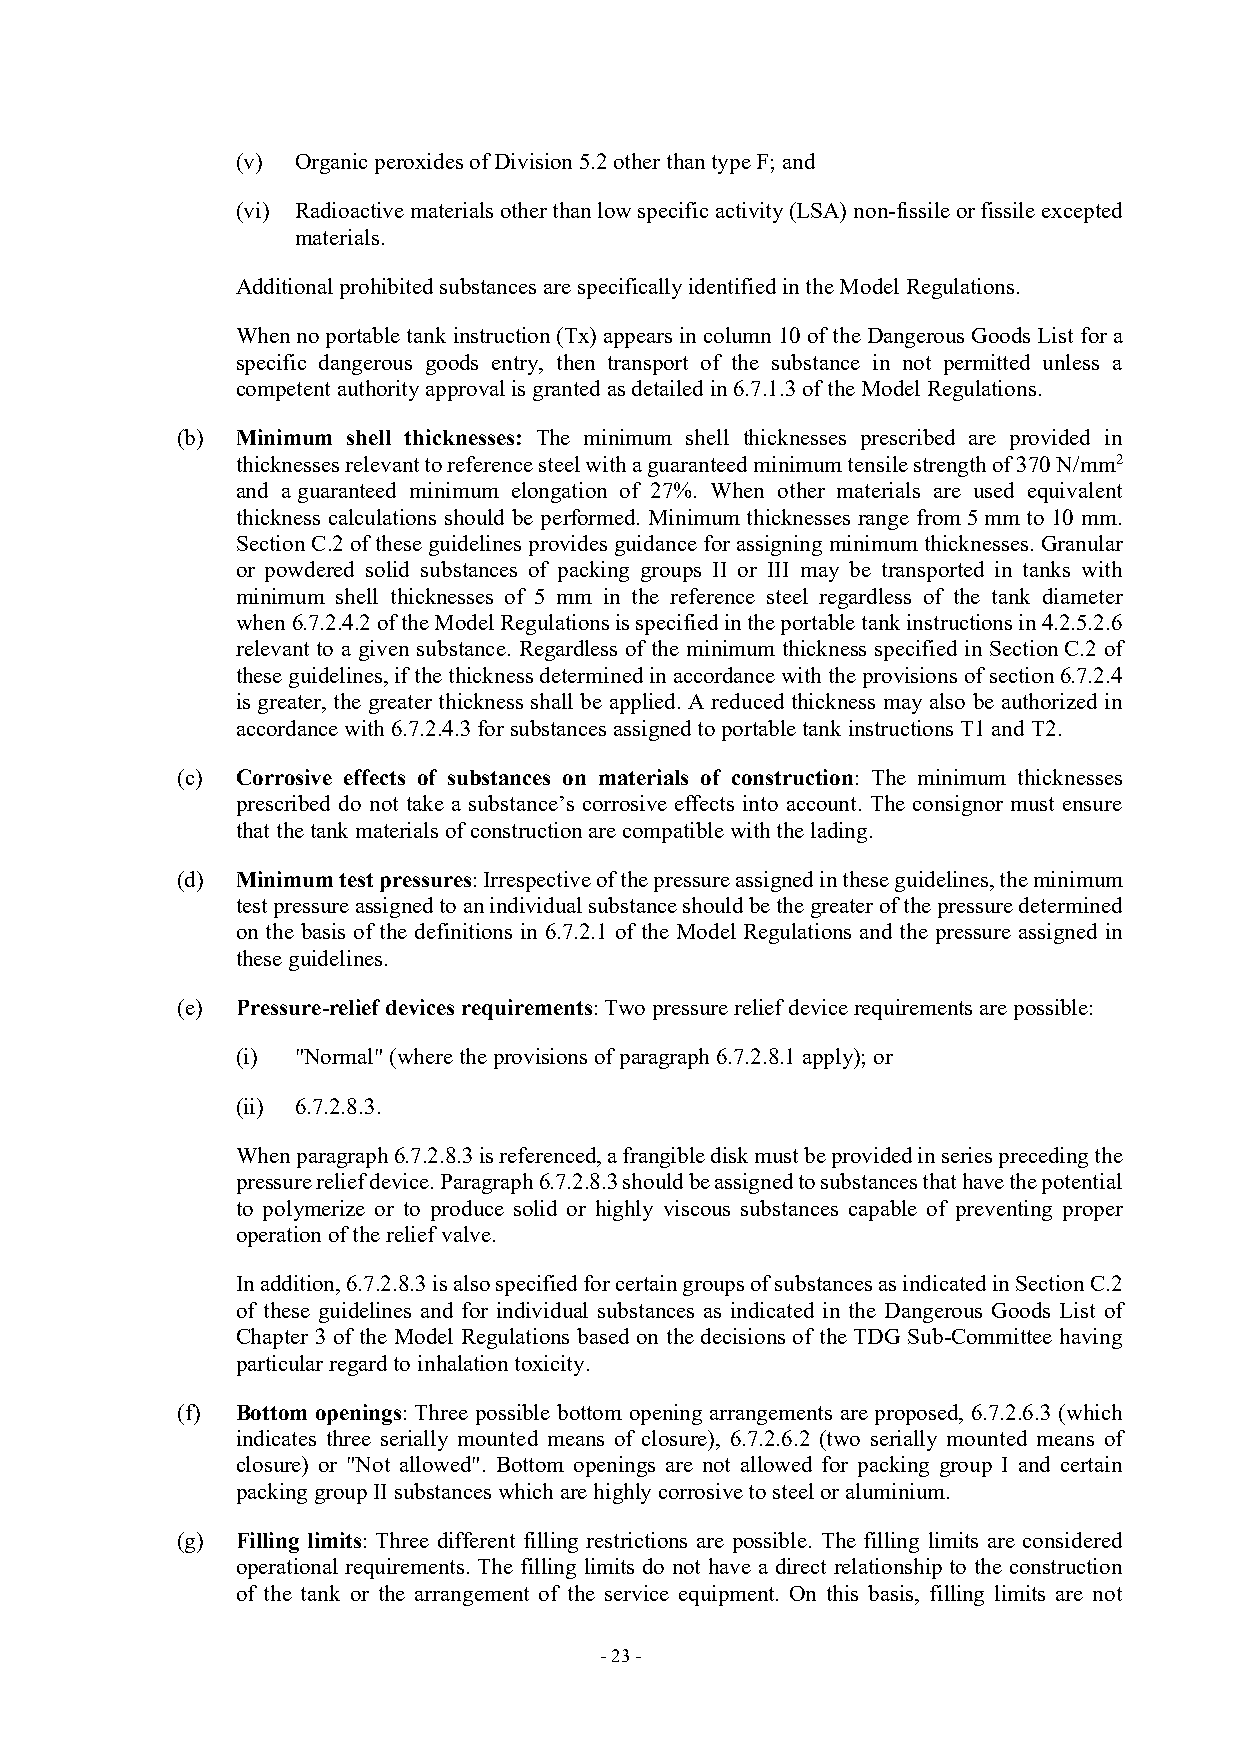
(v) Organic peroxides of Division 5.2 other than type F; and
 (vi) Radioactive materials other than low specific activity (LSA) non-fissile or fissile excepted
 materials.
 Additional prohibited substances are specifically identified in the Model Regulations.
 When no portable tank instruction (Tx) appears in column 10 of the Dangerous Goods List for a
 specific dangerous goods entry, then transport of the substance in not permitted unless a
 competent authority approval is granted as detailed in 6.7.1.3 of the Model Regulations.
 (b) Minimum shell thicknesses: The minimum shell thicknesses prescribed are provided in
 thicknesses relevant to reference steel with a guaranteed minimum tensile strength of 370 N/mm2
 and a guaranteed minimum elongation of 27%. When other materials are used equivalent
 thickness calculations should be performed. Minimum thicknesses range from 5 mm to 10 mm.
 Section C.2 of these guidelines provides guidance for assigning minimum thicknesses. Granular
 or powdered solid substances of packing groups II or III may be transported in tanks with
 minimum shell thicknesses of 5 mm in the reference steel regardless of the tank diameter
 when 6.7.2.4.2 of the Model Regulations is specified in the portable tank instructions in 4.2.5.2.6
 relevant to a given substance. Regardless of the minimum thickness specified in Section C.2 of
 these guidelines, if the thickness determined in accordance with the provisions of section 6.7.2.4
 is greater, the greater thickness shall be applied. A reduced thickness may also be authorized in
 accordance with 6.7.2.4.3 for substances assigned to portable tank instructions T1 and T2.
 (c) Corrosive effects of substances on materials of construction: The minimum thicknesses
 prescribed do not take a substance’s corrosive effects into account. The consignor must ensure
 that the tank materials of construction are compatible with the lading.
 (d) Minimum test pressures: Irrespective of the pressure assigned in these guidelines, the minimum
 test pressure assigned to an individual substance should be the greater of the pressure determined
 on the basis of the definitions in 6.7.2.1 of the Model Regulations and the pressure assigned in
 these guidelines.
 (e) Pressure-relief devices requirements: Two pressure relief device requirements are possible:
 (i) "Normal" (where the provisions of paragraph 6.7.2.8.1 apply); or
 (ii) 6.7.2.8.3.
 When paragraph 6.7.2.8.3 is referenced, a frangible disk must be provided in series preceding the
 pressure relief device. Paragraph 6.7.2.8.3 should be assigned to substances that have the potential
 to polymerize or to produce solid or highly viscous substances capable of preventing proper
 operation of the relief valve.
 In addition, 6.7.2.8.3 is also specified for certain groups of substances as indicated in Section C.2
 of these guidelines and for individual substances as indicated in the Dangerous Goods List of
 Chapter 3 of the Model Regulations based on the decisions of the TDG Sub-Committee having
 particular regard to inhalation toxicity.
 (f) Bottom openings: Three possible bottom opening arrangements are proposed, 6.7.2.6.3 (which
 indicates three serially mounted means of closure), 6.7.2.6.2 (two serially mounted means of
 closure) or "Not allowed". Bottom openings are not allowed for packing group I and certain
 packing group II substances which are highly corrosive to steel or aluminium.
 (g) Filling limits: Three different filling restrictions are possible. The filling limits are considered
 operational requirements. The filling limits do not have a direct relationship to the construction
 of the tank or the arrangement of the service equipment. On this basis, filling limits are not
 - 23 -